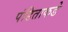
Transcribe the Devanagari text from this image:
पंडिताकडे